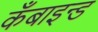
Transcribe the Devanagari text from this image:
कँबाइन्ड